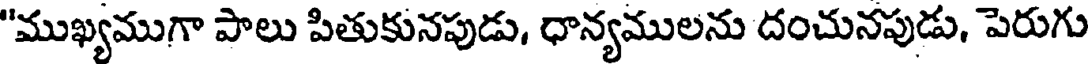
"ముఖ్యముగా పాలు పితుకునపుడు, ధాన్యములను దంచునపుడు, పెరుగు